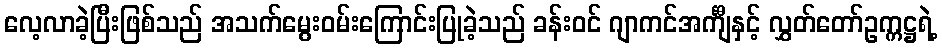
လေ့လာခဲ့ပြီးဖြစ်သည် အသက်မွေးဝမ်းကြောင်းပြုခဲ့သည် ခန်းဝင် ဂျာကင်အင်္ကျီနှင့် လွှတ်တော်ဥက္ကဋ္ဌရဲ့